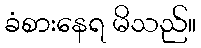
ခံစားနေရ မိသည်။